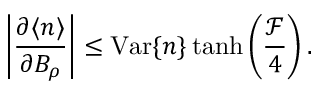
\left| \frac { \partial \langle n \rangle } { \partial B _ { \rho } } \right| \leq \mathrm { V a r } \{ n \} \operatorname { t a n h } \left( \frac { \mathcal { F } } { 4 } \right) .